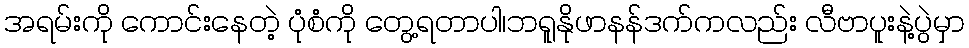
အရမ်းကို ကောင်းနေတဲ့ ပုံစံကို တွေ့ရတာပါ၊ဘရူနိုဖာနန်ဒက်ကလည်း လီဗာပူးနဲ့ပွဲမှာ